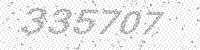
Solution: 335707